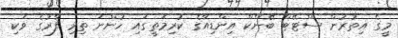
މީގެ އިތުރުން ސްޓޭޓް ބޭންކް އިންޑިއާގެ ކުރިމަތީގައި ހުންނަ ތިރި ފާރުގެ ވަކި